Leaving Certificate Examination, 1916
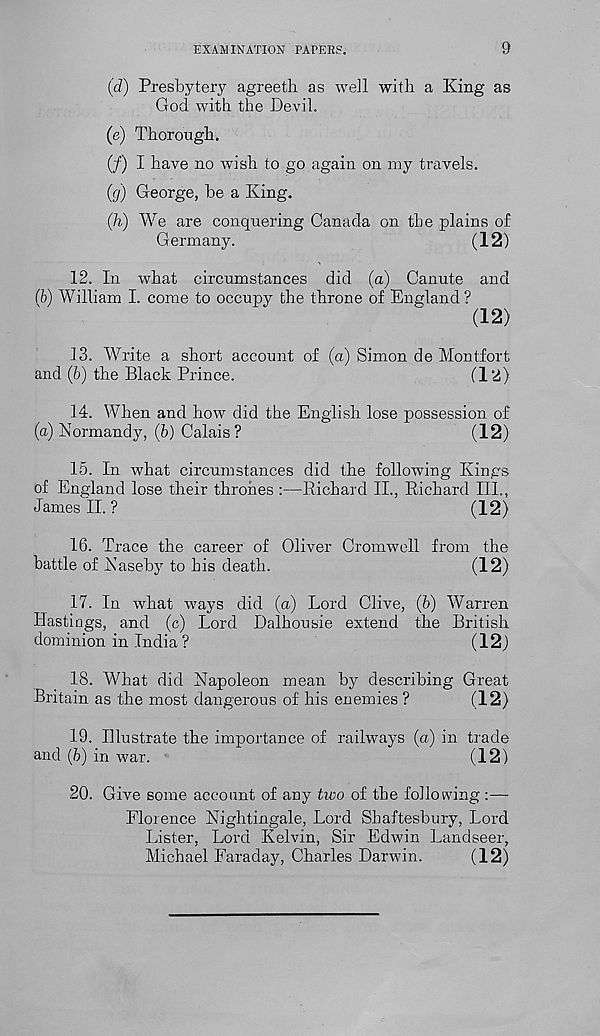
EXAMINATION PAPERS.
9
(d) Presbytery agreetli as well with a King as
God with the Devil.
(e) Thorough.
(/) I have no wish to go again on my travels.
(g) George, be a King.
(h) We are conquering Canada on the plains of
Germany.
(12)
12. In what circumstances did (a) Canute and
(b) William I. come to occupy the throne of England?
(12)
13. Write a short account of (a) Simon de Montfort
and (6) the Black Prince.
(12)
14. When and how did the English lose possession of
(a) Normandy, (b) Calais?
(12)
15. In what circumstances did the following Kings
of England lose their thrones :—Richard II., Richard III.,
James II. ?
(12)
16. Trace the career of Oliver Cromwell from the
battle of Naseby to his death.
(12)
17. In what ways did (a) Lord Clive, (b) Warren
Hastings, and (c) Lord Dalhousie extend the British
dominion in India?
(12)
18. What did Napoleon mean by describing Great
Britain as the most dangerous of his enemies ?
(12)
19. Illustrate the importance of railways (a) in trade
and (b) in war.
(12)
20. Give some account of any two of the following :—
Florence Nightingale, Lord Shaftesbury, Lord
Lister, Lord Kelvin, Sir Edwin Landseer,
Michael Faraday, Charles Darwin.
(12)